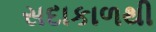
સદાકાળથી